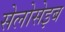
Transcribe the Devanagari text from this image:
सेलोसेइब